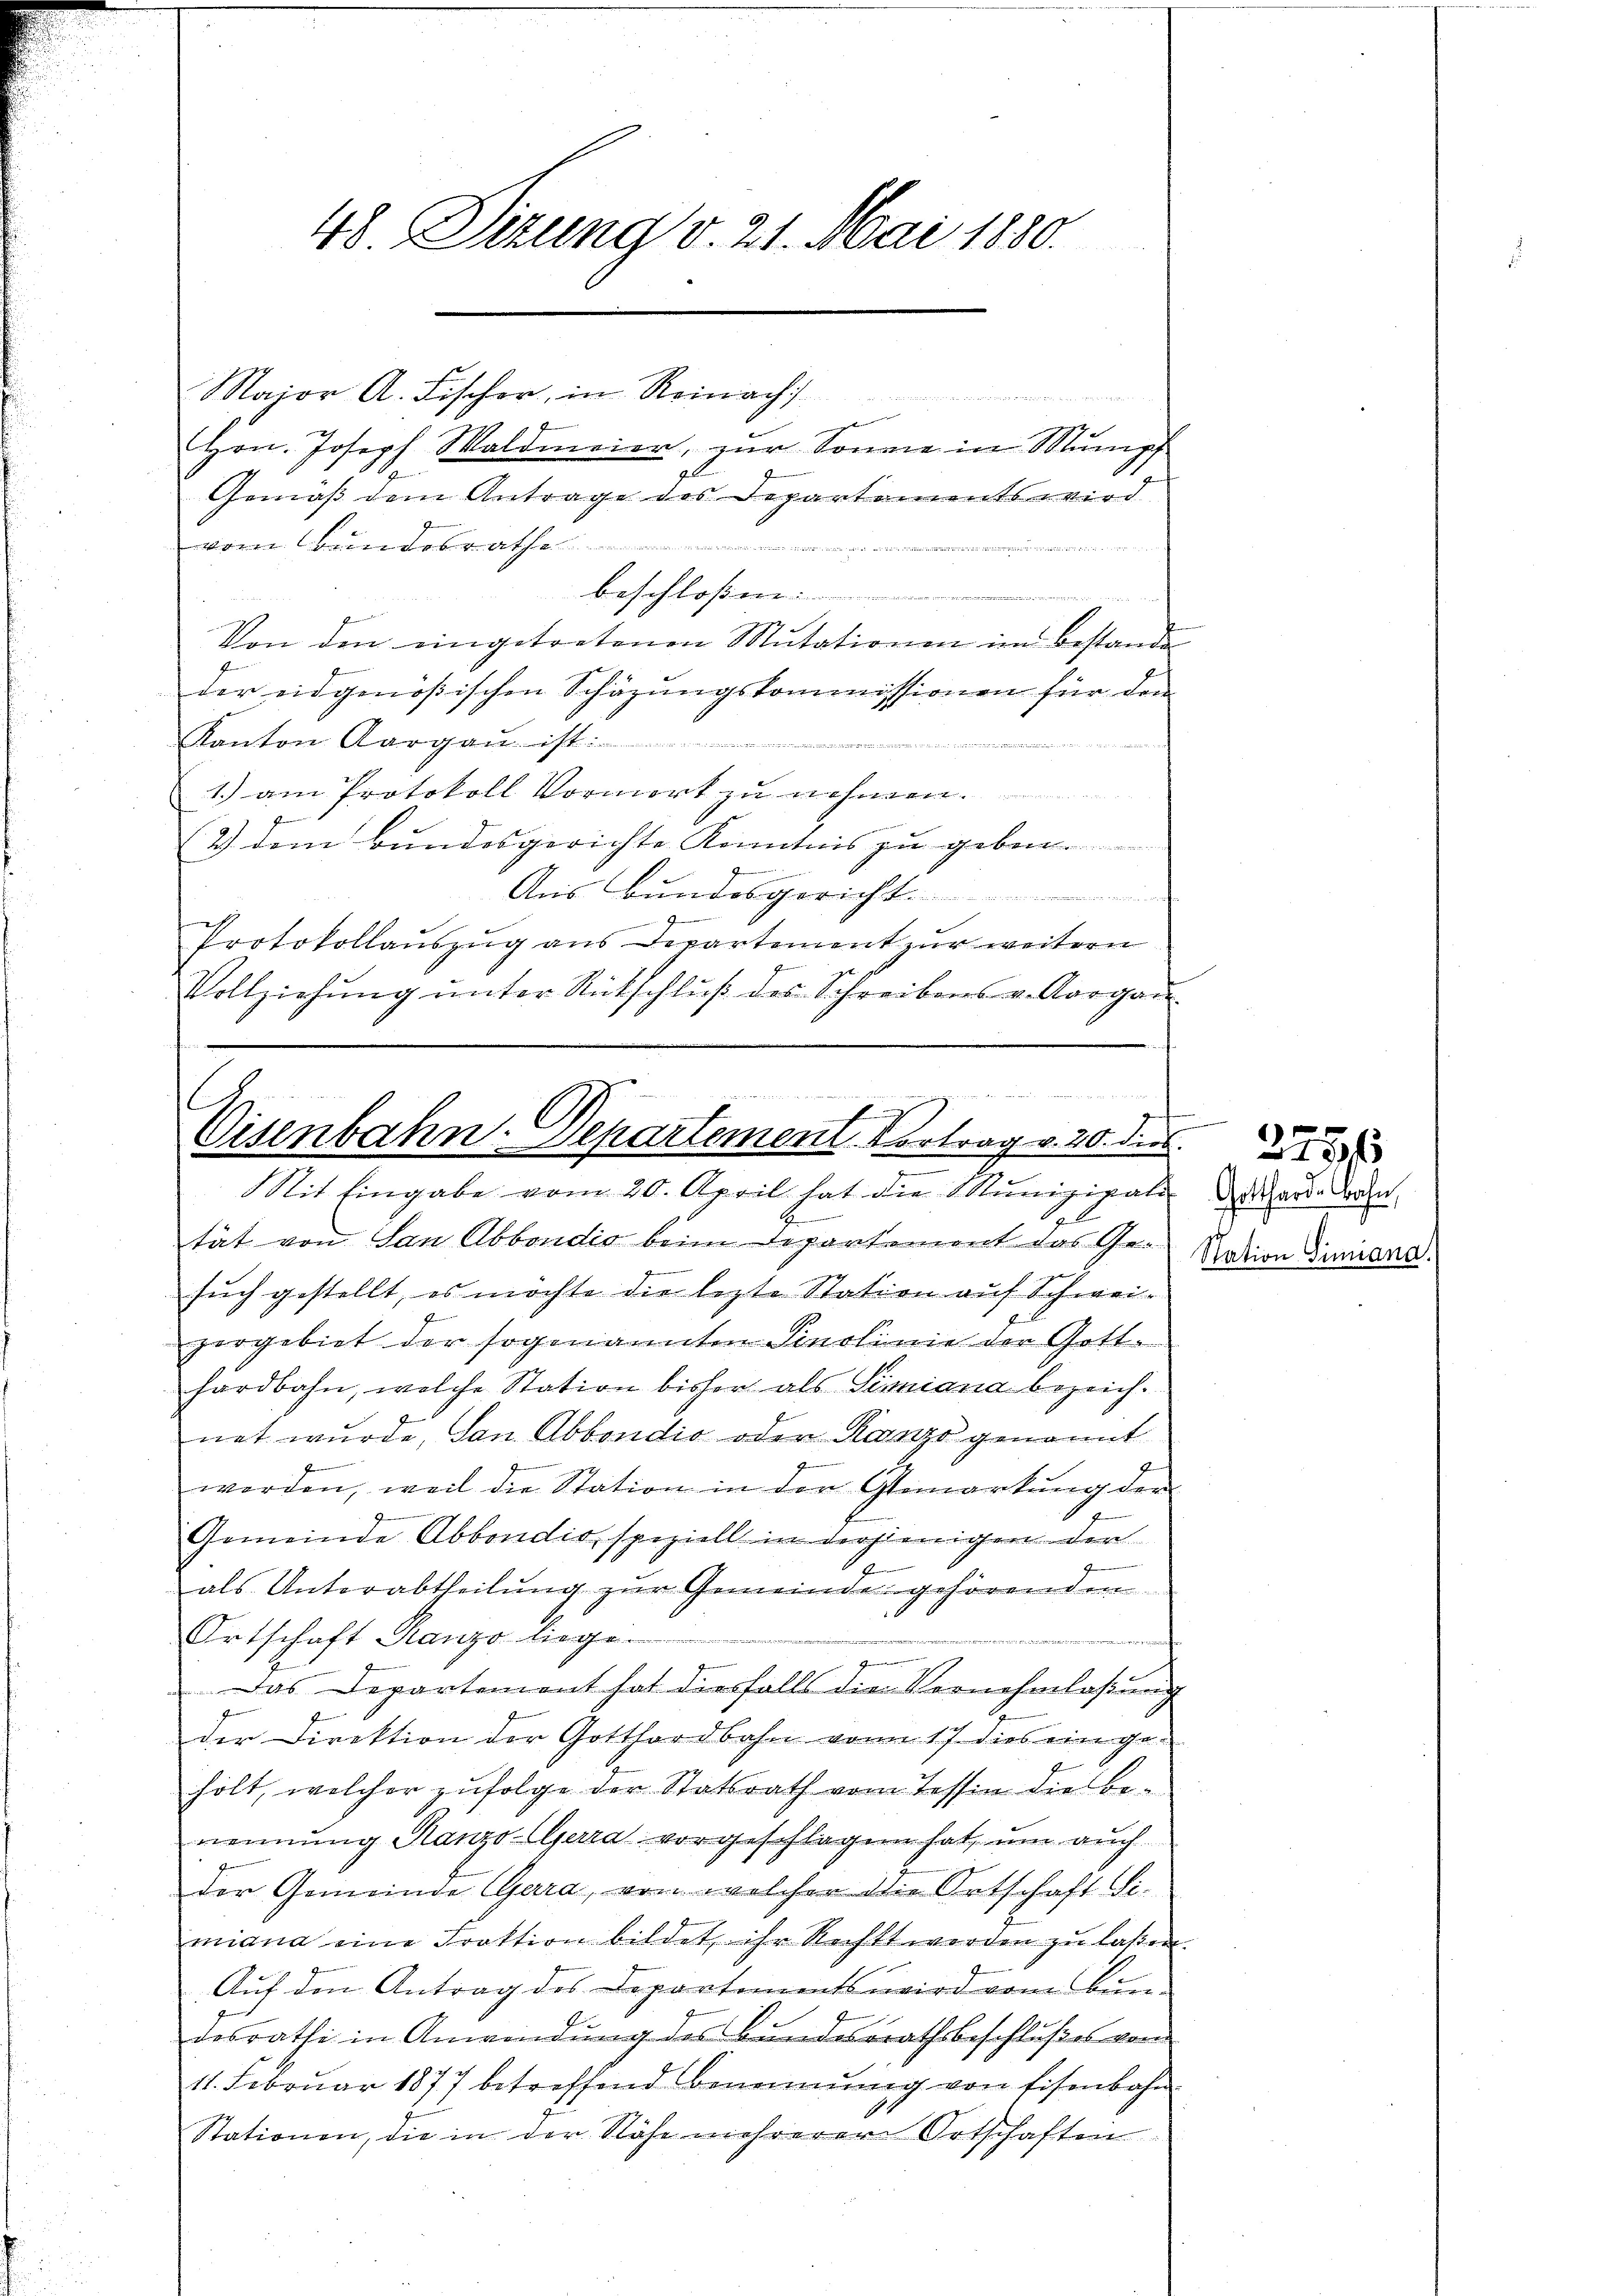
48. Situng v. 21. Mai 1880.

Major A. Fischer, in Reinach
ge
e
Hrn. Joseph Waldmeier, zur Sonne in Mumpf
Gemäß dem Antrage des Departements wird
vom Bundesrathe
 Fr
f
der eidgenößischen Schäzŭngskommissionen für den
Kanton Aargau ist:
undt we
1.) am Protokoll Vormort zu nehmen.
2) dem Bundesgerichte Kenntnis zu geben.
Aus Bundesgericht.

e
Protokollauszug aus Departement zur weitern
Vollziehung unter Rütschluß des Schreibens v. Aargau.

Beschloßen
Von den eingetretenen Mutationen im Bestande

M 1891 221.
f
C
Cisenbahn-Separtemen Vortrag v. 20. dies
Sit Eingabe vom 20. April hat die Munizipali

d
tät von San Abbondio beim Departement das Gesuch gestellt, es möchte die lezte Station auf Schweizergebiet der sogenannten Sinolinie der Gott-
hardbahn, welche Station bisher als Simiana bezeichnet wurde, dan Abbondio oder Kanze genannt

werden, weil die Station in den Gemarkung der
Gemeinde Abbondis, speziell in derjenigen den
als Unterabtheilung zur Gemeinde gehörenden
Ortschaft Ranzo liege.

Das Departement hat diesfalls die Vernehmlaßung
der Direktion der Gotthardbahn von 17. dies ein gehölt, welcher zufolge der Statsrath vom Tessin die Berennung Manzo Gera vorgeschlagen hat, um auch
der Gemeinde Gera, von welcher die Ortschaft Simiana eine Fraktion bildet ihr Recht werden zŭ lassen.
Auf den Antrag des Departements wird vom Bun-
desrathe in Anwendung des Bundesrathsbeschlußes von
11. Februar 1877 betreffend Benennung von Eisenbahn
Stationen, die in der Nähe mehrerer Ortschaften

e
Gotthard-Bahn,
Station Simiand.

3756